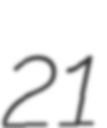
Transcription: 21